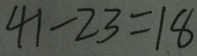
4 1 - 2 3 = 1 8